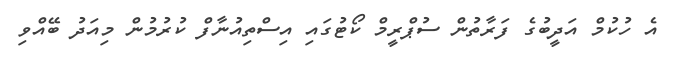
އެ ހުކުމް އަދީބުގެ ފަރާތުން ސުޕްރީމް ކޯޓުގައި އިސްތިއުނާފް ކުރުމުން މިއަދު ބޭޭއްވި